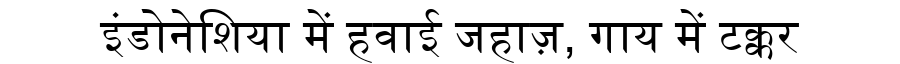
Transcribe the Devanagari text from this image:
इंडोनेशिया में हवाई जहाज़, गाय में टक्कर